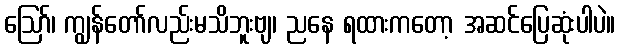
ဪ၊ ကျွန်တော်လည်းမသိဘူးဗျ၊ ညနေ ရထားကတော့ အဆင်ပြေဆုံးပါပဲ။